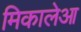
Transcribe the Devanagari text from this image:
मिकालेआ